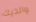
والديك